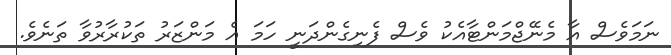
ނަަމަވެސް އާ މެނޭޖްމަންޓާއެކު ވެސް ފެނިގެންދަނީ ހަމަ އެ މަންޒަރު ތަކުރާރުވާ ތަނެވެ.